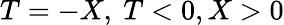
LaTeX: T=-X,\ T<0,X>0